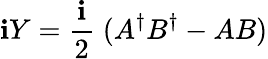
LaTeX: \mathbf{i}Y=\frac{{\mathbf{i}}}{{2}}\; (A^{\dagger}B^{\dagger}-AB)